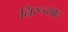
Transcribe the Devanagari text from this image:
निरूत्साह